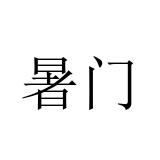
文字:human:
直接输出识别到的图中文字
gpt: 暑门